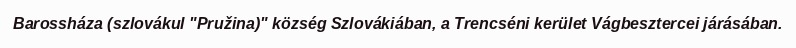
Barossháza (szlovákul "Pružina)" község Szlovákiában, a Trencséni kerület Vágbesztercei járásában.